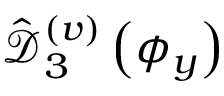
\hat { \mathcal D } _ { 3 } ^ { ( v ) } \left( \phi _ { y } \right)